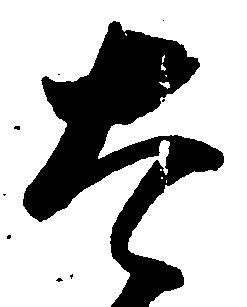
太